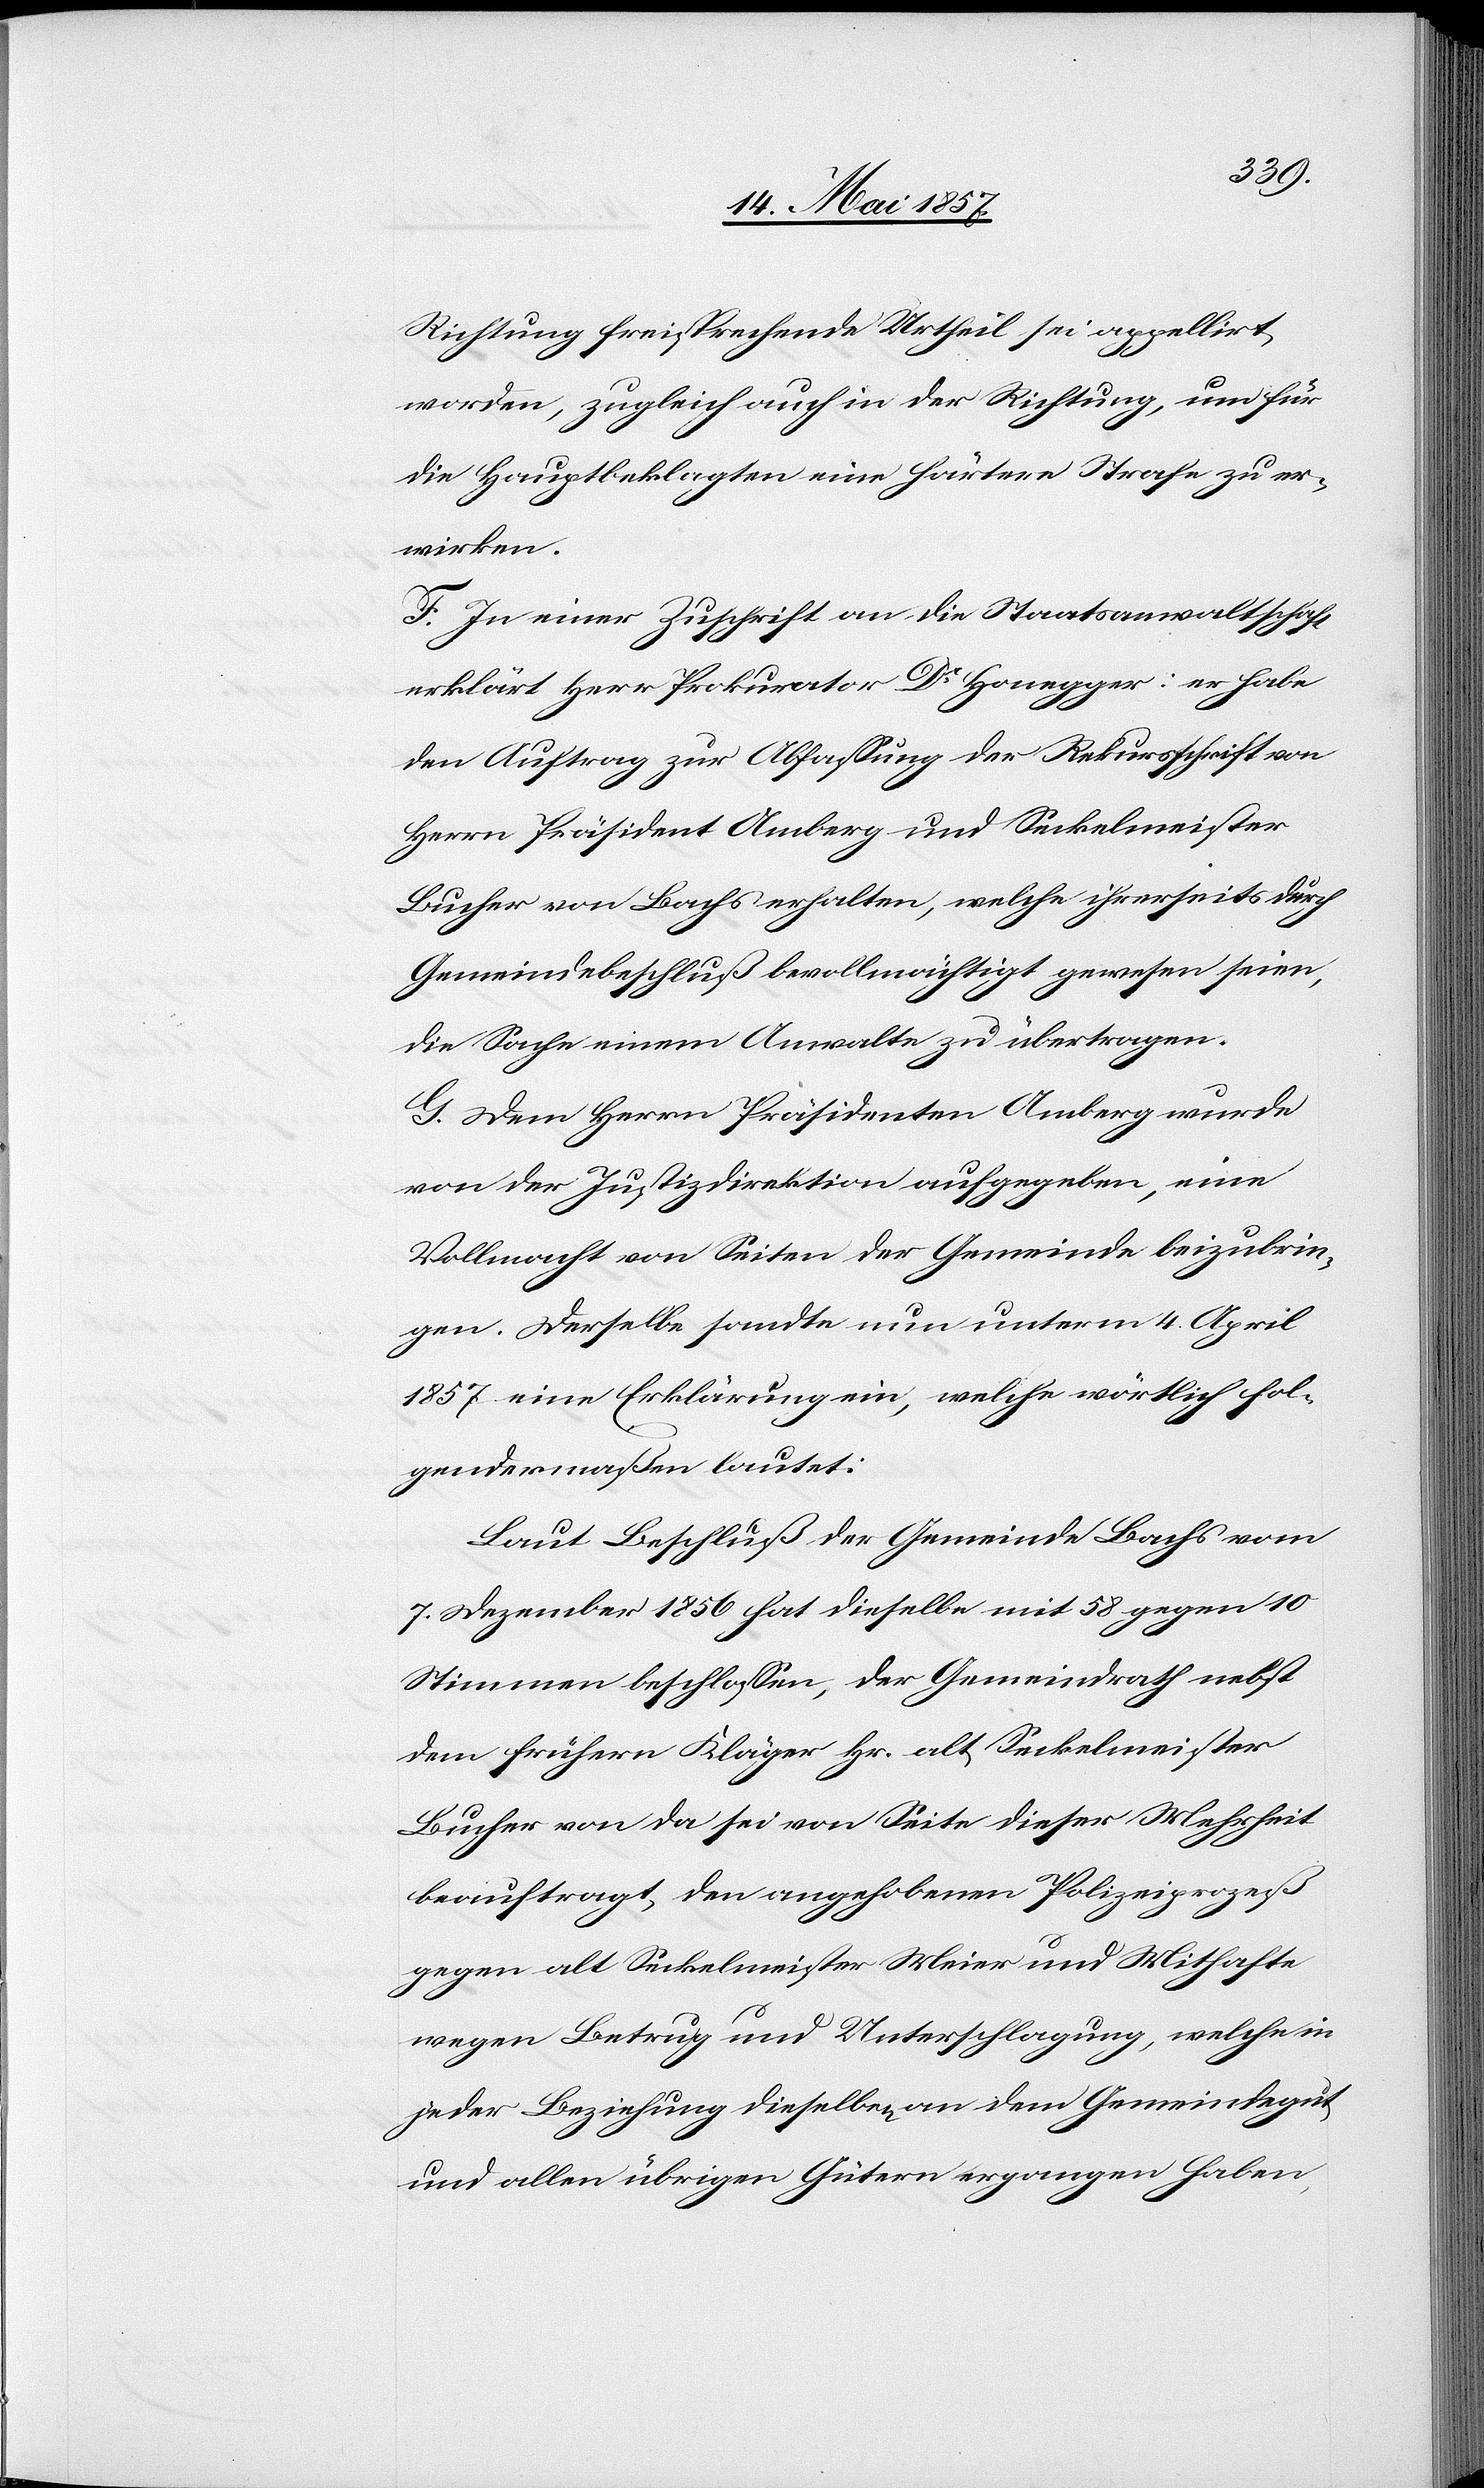
Richtung freisprechende Urtheil so appellirt
worden, zugleich auch in der Richtung, um für
die Hauptbeklagten eine härtere Strafe zu er¬
wirken.
F. In einer Zuschrift an die Staatsanwaltschaft
erklärt Herr Prokurator Dr Honegger: er habe
den Auftrag zur Abfassung der Rekursschrift von
Herrn Präsident Amberg und Seckelmeister
Bucher von Bachs erhalten, welche ihrerseits durch
Gemeindsbeschluß bevollmächtigt gewesen seien,
die Sache einem Anwalte zu übertragen.
G. Dem Herrn Präsidenten Amberg wurde
von der Justizdirektion aufgegeben, eine
Vollmacht von Seiten der Gemeinde beizubrin¬
gen. Derselbe sandte nun unterm 4 April
1857 eine Erklärung ein, welche wörtlich fol¬
gendermaßen lautet:
Laut Beschluß der Gemeinde Bachs vom
7 Dezember 1856 hat dieselbe mit 58 gegen 10
Stimmen beschlossen, der Gemeindrath nebst
dem frühern Kläger Hr. alt Seckelmeister
Bucher von da sei von Seite dieser Mehrheit
beauftragt, den angehobenen Polizeiprozeß
gegen alt Seckelmeister Meier und Mithafte
wegen Betrug und Unterschlagung, welche in
jeder Beziehung dieselben an dem Gemeindegut
und allen übrigen Gütern ergangen haben,